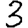
Digit: 3